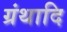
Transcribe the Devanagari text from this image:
ग्रंथादि